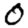
Digit: 0